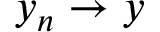
y _ { n } \to y